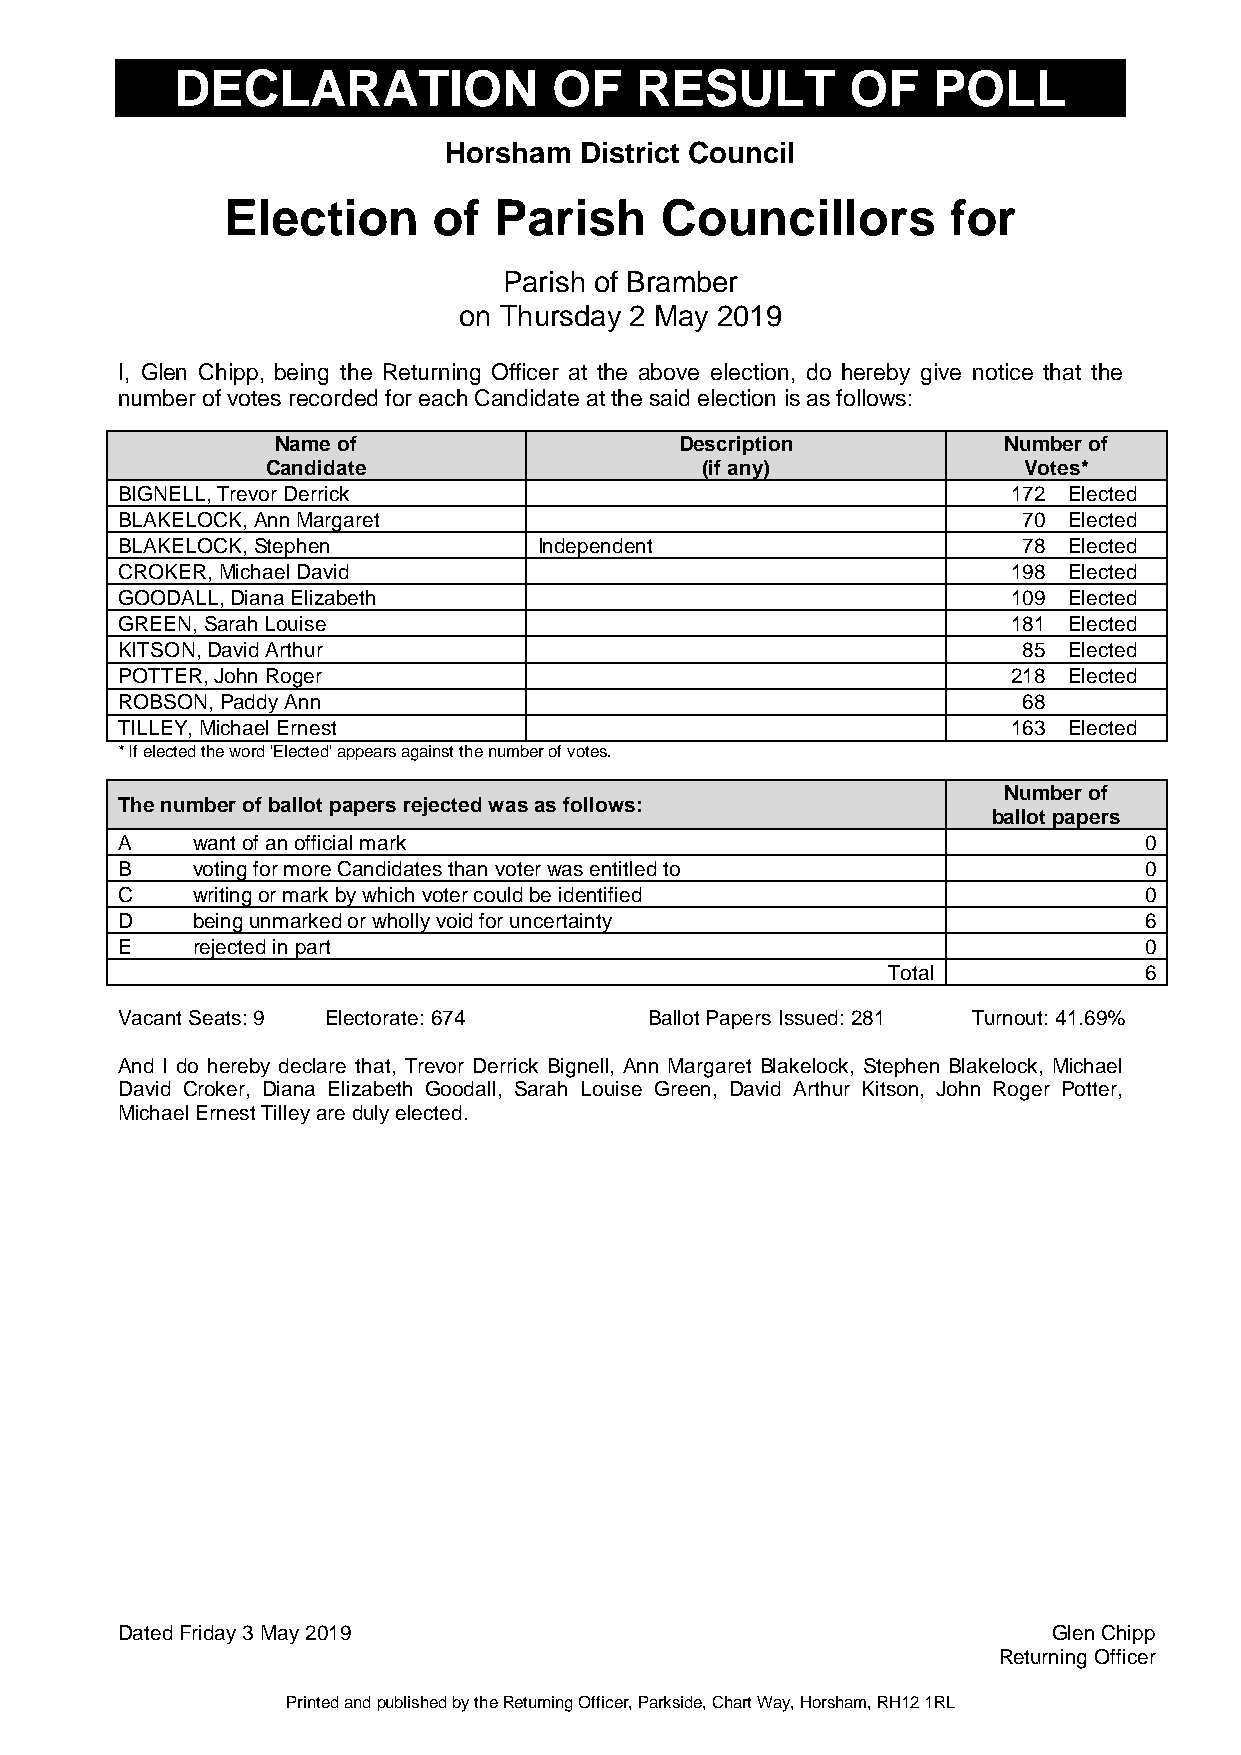
DECLARATION              OF   RESULT        OF    POLL
 Horsham  District Council
 Election      of  Parish     Councillors        for
 Parish of Bramber
 on Thursday 2 May 2019
 I, Glen Chipp, being the Returning Officer at the above election, do hereby give notice that the
 number of votes recorded for each Candidate at the said election is as follows:
 Name of                    Description          Number of
 Candidate                   (if any)              Votes*
 BIGNELL, Trevor Derrick                                    172 Elected
 BLAKELOCK, Ann Margaret                                     70 Elected
 BLAKELOCK, Stephen          Independent                     78 Elected
 CROKER, Michael David                                      198 Elected
 GOODALL, Diana Elizabeth                                   109 Elected
 GREEN, Sarah Louise                                        181 Elected
 KITSON, David Arthur                                        85 Elected
 POTTER, John Roger                                         218 Elected
 ROBSON, Paddy Ann                                           68
 TILLEY, Michael Ernest                                     163 Elected
 * If elected the word 'Elected' appears against the number of votes.
 Number of
 The number of ballot papers rejected was as follows:
 ballot papers
 A    want of an official mark                                       0
 B    voting for more Candidates than voter was entitled to          0
 C    writing or mark by which voter could be identified             0
 D    being unmarked or wholly void for uncertainty                  6
 E    rejected in part                                               0
 Total            6
 Vacant Seats: 9 Electorate: 674    Ballot Papers Issued: 281 Turnout: 41.69%
 And I do hereby declare that, Trevor Derrick Bignell, Ann Margaret Blakelock, Stephen Blakelock, Michael
 David Croker, Diana Elizabeth Goodall, Sarah Louise Green, David Arthur Kitson, John Roger Potter,
 Michael Ernest Tilley are duly elected.
 Dated Friday 3 May 2019                                       Glen Chipp
 Returning Officer
 Printed and published by the Returning Officer, Parkside, Chart Way, Horsham, RH12 1RL